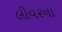
લીવરના